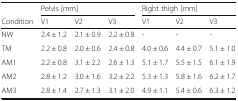
|  | <COLSPAN=3> Pelvis [mm] | <COLSPAN=3> Right thigh [mm] |
 | Condition | V1 | V2 | V3 | V1 | V2 | V3 |
 | --- | --- | --- | --- | --- | --- | --- |
 | NW | 2.4 ± 1.2 | 2.1 ± 0.9 | 2.2 ± 0.8 | - | - | - |
 | TM | 2.2 ± 0.8 | 2.0 ± 0.6 | 2.4 ± 0.8 | 4.0 ± 0.6 | 4.4 ± 0.7 | 5.1 ± 1.0 |
 | AM1 | 2.2 ± 0.8 | 3.1 ± 2.2 | 2.6 ± 1.3 | 5.1 ± 1.7 | 5.5 ± 1.5 | 6.1 ± 1.9 |
 | AM2 | 2.8 ± 1.2 | 3.0 ± 1.6 | 3.2 ± 2.2 | 5.3 ± 1.3 | 5.8 ± 1.6 | 6.2 ± 1.7 |
 | AM3 | 2.8 ± 1.4 | 2.7 ± 1.3 | 3.1 ± 2.0 | 4.9 ± 1.1 | 5.4 ± 0.6 | 6.3 ± 1.2 |